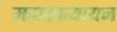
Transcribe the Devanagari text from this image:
महाकात्यायन